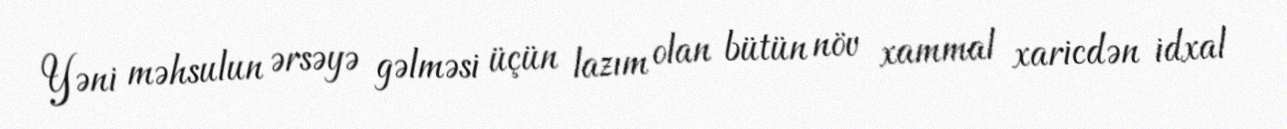
Yəni məhsulun ərsəyə gəlməsi üçün lazım olan bütün növ xammal xaricdən idxal